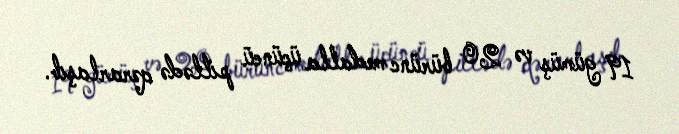
19 gümüş və 20 bürünc medalla üçüncü pillədə qərarlaşıb.